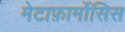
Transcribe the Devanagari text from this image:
मेटाफ़ार्मोसिस